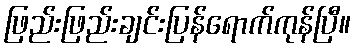
ဖြည်းဖြည်းချင်းပြန်ရောက်ကုန်ပြီ။